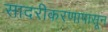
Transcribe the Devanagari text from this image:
सादरीकरणापासून